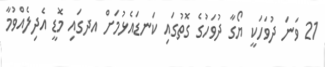
21 ވަނަ ދުވަހަކީ ޔޯގާ ދުވަހުގެ ގޮތުގައި ކަނޑައެޅުމަށް އދގައި މޮޑީ އެދިލެއްވުމާ